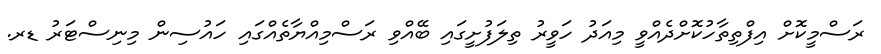
ރަސްމީކޮށް އިފްތިތާހުކޮށްދެއްވީ މިއަދު ހަވީރު ތިލަފުށީގައި ބޭއްވި ރަސްމިއްޔާތެއްގައި ހައުސިން މިނިސްޓަރު ޑރ.